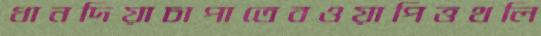
ধানদিয়াচাপাতেবওয়াপিত্তথলি